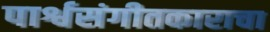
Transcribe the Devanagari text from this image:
पार्श्वसंगीतकाराचा